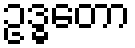
ဥဒ္ဓတော